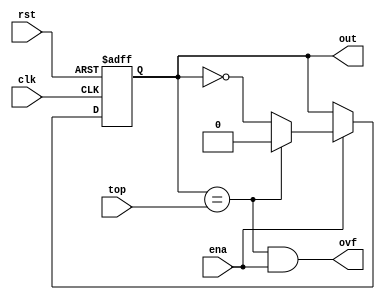
module simple_upcounter #(parameter BITS = 1)
        (input wire clk, input wire rst,
         input wire ena, input wire [BITS - 1:0] top,
         output wire [BITS - 1:0] out, output wire ovf);

reg [BITS - 1:0] cnt;
wire [BITS:0] enable_wires;

wire end_count = (cnt == top);

initial begin
    cnt <= {(BITS){1'b0}};
end

assign ovf = end_count & ena;// & clk;
assign out = cnt;

assign enable_wires[0] = ena;

genvar i;
generate
for(i = 0; i < BITS; i = i + 1) begin: gen_cnt
    
    assign enable_wires[i + 1] = cnt[i] & enable_wires[i];
    
    always @(posedge clk or negedge rst) begin
        if(!rst) begin
            cnt [i] <= 1'b0;
        end else if(ena) begin
            if(end_count) begin
                cnt [i] <= 1'b0;
            end else if(enable_wires[i]) begin
                cnt [i] <= ~cnt[i];
            end
        end
    end
end
endgenerate

endmodule